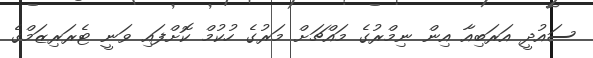
ސައުދީ އަރަބިއާ އިން ނިމްރުގެ މައްޗަށް މަރުގެ ހުކުމް ކޮށްފައި ވަނީ ޓެރަރިޒަމްގެ